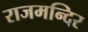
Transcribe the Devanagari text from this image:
राजमन्दिर